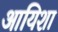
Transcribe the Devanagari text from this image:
आयिशा